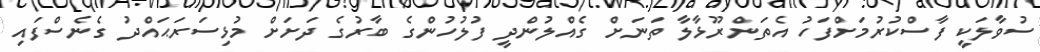
ސުވާލަކީ ފާސްކުރުމަށްފަހު އެތަންރޫޅާލާ ތަނަށް ގެއްލުންދީ ފުލުހުންގެ ބާރުގެ ދަށަށް މުޅިސަރަޙައްދު ގެނެސްފައި